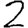
Digit: 2